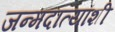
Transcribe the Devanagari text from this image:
जन्मदात्यांशी